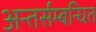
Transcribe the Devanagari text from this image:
अन्तर्सम्बन्धित